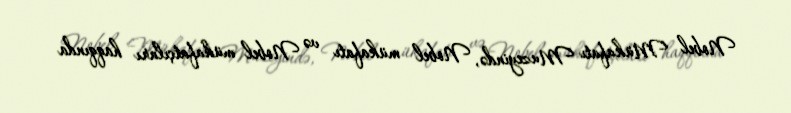
Nobel Mükafatı Muzeyində, Nobel mükafatı və Nobel mükafatçıları haqqında